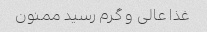
غذا عالی و گرم رسید ممنون